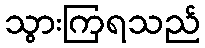
သွားကြရသည်